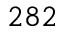
2 8 2